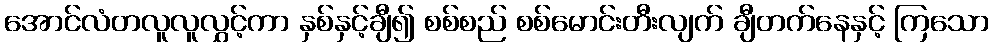
အောင်လံတလူလူလွှင့်ကာ နှစ်နှင့်ချီ၍ စစ်စည် စစ်မောင်းတီးလျက် ချီတက်နေနှင့် ကြသော